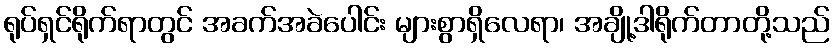
ရုပ်ရှင်ရိုက်ရာတွင် အခက်အခဲပေါင်း များစွာရှိလေရာ၊ အချို့ဒါရိုက်တာတို့သည်